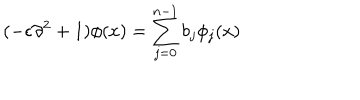
( - \epsilon \partial ^ { 2 } + 1 ) \phi ( x ) = \sum _ { j = 0 } ^ { n - 1 } b _ { j } \phi _ { j } ( x )